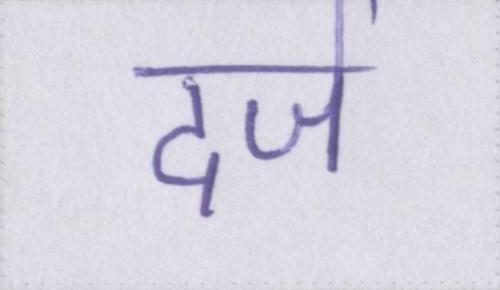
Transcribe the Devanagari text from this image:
दर्ज